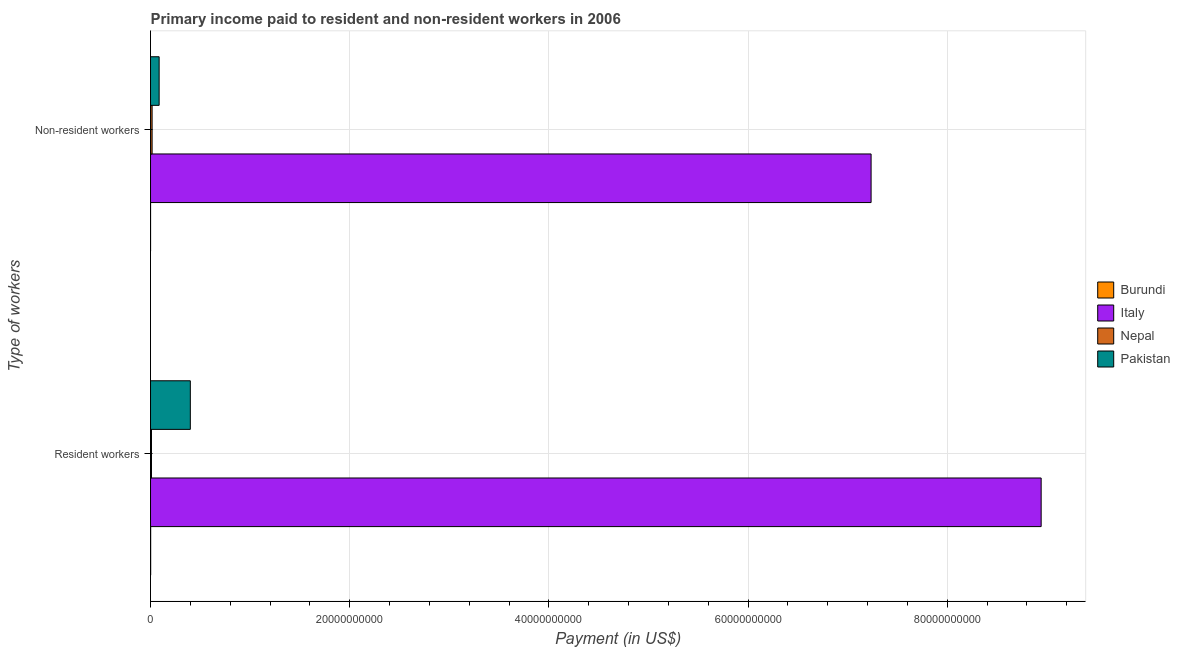
| Type of workers | Burundi | Italy | Nepal | Pakistan |
 | --- | --- | --- | --- | --- |
 | Resident workers | 1.34e+07 | 8.94e+10 | 9.61e+07 | 4e+09 |
 | Non-resident workers | 4.61e+06 | 7.24e+10 | 1.58e+08 | 8.64e+08 |